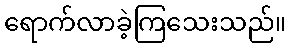
ရောက်လာခဲ့ကြသေးသည်။